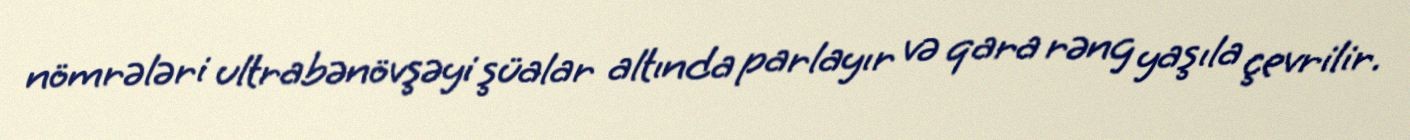
nömrələri ultrabənövşəyi şüalar altında parlayır və qara rəng yaşıla çevrilir.